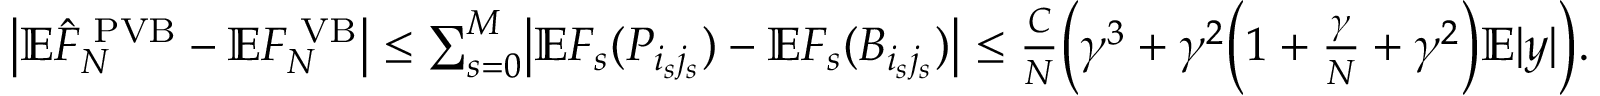
\begin{array} { r } { \bigl | \mathbb E \hat { F } _ { N } ^ { \mathrm { \tiny ~ P V B } } - \mathbb E F _ { N } ^ { \mathrm { \tiny ~ V B } } \bigr | \leq \sum _ { s = 0 } ^ { M } \bigl | \mathbb E F _ { s } ( P _ { i _ { s } j _ { s } } ) - \mathbb E F _ { s } ( B _ { i _ { s } j _ { s } } ) \bigr | \leq \frac { C } { N } \Bigl ( \gamma ^ { 3 } + \gamma ^ { 2 } \Bigl ( 1 + \frac { \gamma } { N } + \gamma ^ { 2 } \Bigr ) \mathbb E | y | \Bigr ) . } \end{array}